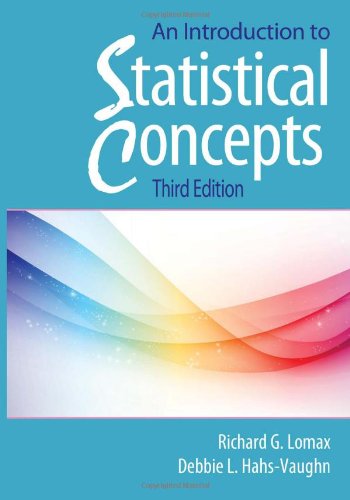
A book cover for An Introduction to Statistical Concepts: Third Edition; Debbie L. Hahs-Vaughn; Medical Books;